Vaccination United Provinces of Agra and Oudh 1923-1928 - 1923-1928
Year: 1923
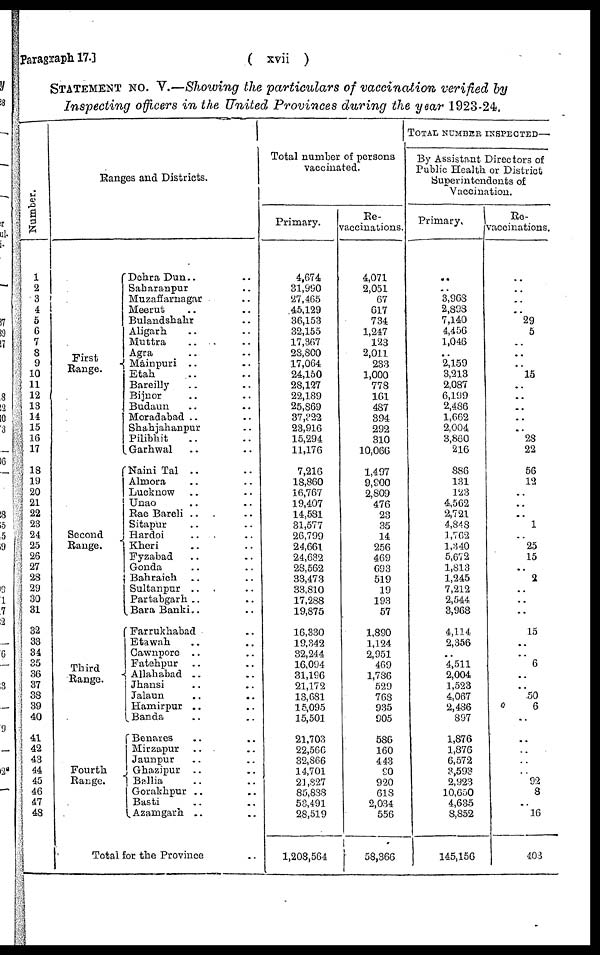
Paragraph 17.]
( xvii )
STATEMENT No. V.—Showing the particulars of vaccination verified by
Inspecting officers in the United Provinces during the year 1923-24,
Number.
1
2
3
4
5
6
7
8
9
10
11
12
13
14
15
16
17
18
19
20
21
22
23
24
25
26
27
28
29
30
31
32
33
34
35
36
37
38
39
40
41
42
43
44
45
46
47
48
Ranges and Districts.
First
Range.
Second
Range.
Third
Range.
Fourth
Range.
Dehra Dun.. ..
Saharanpur .. ..
Muzaffarnagar ..
Meerut .. ..
Bulandshahr ..
Aligarh .. ..
Muttra .. ..
Agra .. ..
Mainpuri .. ..
Etah .. ..
Bareilly .. ..
Bijnor .. ..
Budaun .. ..
Moradabad .. ..
Shahjahanpur ..
Pilibhit .. ..
Garhwal .. ..
Naini Tal .. ..
Almora .. ..
Lucknow .. ..
Unao .. ..
Rae Bareli .. ..
Sitapur .. ..
Hardoi .. ..
Kheri .. ..
Fyzabad .. ..
Gonda .. ..
Bahraich .. ..
Sultanpur .. ..
Partabgarh .. ..
Bara Banki.. ..
Farrukhabad ..
Etawah .. ..
Cawnpore .. ..
Fatehpur .. ..
Allahabad .. ..
Jhansi .. ..
Jalaun .. ..
Hamirpur .. ..
Banda .. ..
Benares .. ..
Mirzapur .. ..
Jaunpur .. ..
Ghazipur .. ..
Ballia .. ..
Gorakhpur .. ..
Basti .. ..
Azamgarh .. ..
Total for the Province ..
Total number of persons
vaccinated.
Primary.
4,674
31,990
27,465
45,129
36,153
32,155
17,367
28,800
17,064
24,150
28,127
22,189
25,869
37,322
23,916
15,294
11,176
7,216
18,860
16,767
19,407
14,581
31,577
26,799
24,661
24,632
28,562
33,473
33,810
17,288
19,875
16,330
19,342
32,244
16,094
31,196
21,172
13,681
15,095
15,501
21,703
22,566
32,866
14,701
21,827
85,888
53,491
28,519
1,208,564
Re¬
vaccinations.
4,071
2,051
67
617
734
1,247
123
2,011
233
1,000
778
161
487
394
292
310
10,066
1,497
9,900
2,809
476
23
35
14
256
469
693
519
19
193
57
1,890
1,124
2,951
469
1,786
529
768
935
905
586
160
443
90
920
618
2,034
556
58,366
TOTAL NUMBER INSPECTED—
By Assistant Directors of
Public Health or District
Superintendents of
Vaccination.
Primary.
..
..
3,968
2,898
7,140
4,456
1,046
..
2,159
3,213
2,087
6,199
2,486
1,662
2,004
3,860
216
886
131
123
4,562
2,721
4,848
1,762
1,340
5,672
1,813
1,245
7,212
2,544
3,968
4,114
2,356
..
4,511
2,004
1,523
4,067
2,486
897
1,876
1,876
6,572
3,593
2,923
10,650
4,635
8,852
145,156
Re¬
vaccinations.
..
..
..
..
29
5
..
..
..
15
..
..
..
..
..
28
22
56
12
..
..
..
1
..
25
15
..
2
..
..
..
15
..
..
6
..
..
50
6
..
..
..
..
..
92
3
..
16
403